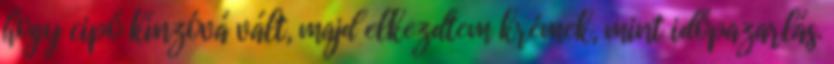
hogy cipő kínzóvá vált, majd elkezdtem krémek, mint időpazarlás.